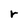
Character: r